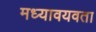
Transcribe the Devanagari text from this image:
मध्यावयवता